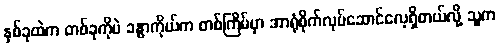
နှစ်ခုထဲက တစ်ခုကိုပဲ ခန္ဓာကိုယ်က တစ်ကြိမ်မှာ အာရုံစိုက်လုပ်ဆောင်လေ့ရှိတယ်လို့ သူက